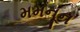
મમનૂન